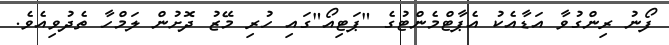
ފޯނު ރިންގުވާ އަޑާއެކު އެޕާޓްމެންޓުގެ "ޕަޓިއޯ"ގައި ހުރި މޭޒު ދޮށުން ލަމްހާ ތެދުވިއެވެ.